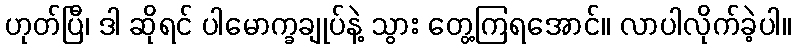
ဟုတ်ပြီ၊ ဒါ ဆိုရင် ပါမောက္ခချုပ်နဲ့ သွား တွေ့ကြရအောင်။ လာပါလိုက်ခဲ့ပါ။